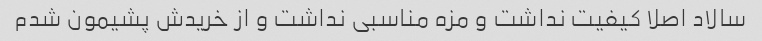
سالاد اصلا کیفیت نداشت و مزه مناسبی نداشت و از خریدش پشیمون شدم